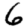
Digit: 6